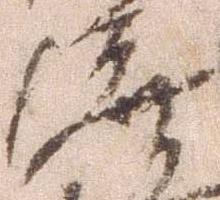
渡